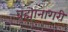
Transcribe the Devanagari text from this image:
ब्रह्मानागरी